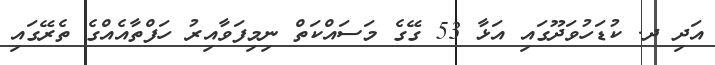
އަދި ދ. ކުޑަހުވަދޫގައި އަޅާ 53 ގޭގެ މަސައްކަތް ނިމިފަވާއިރު ހަފްތާއެއްގެ ތެރޭގައި